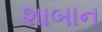
શાબાન